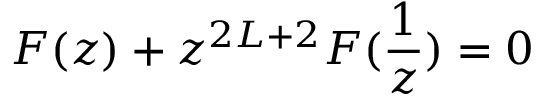
F ( z ) + z ^ { 2 L + 2 } F ( \frac { 1 } { z } ) = 0